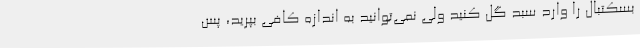
بسکتبال را وارد سبد گل کنید ولی نمی‌توانید به اندازه کافی بپرید، پس